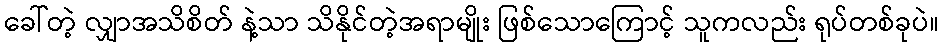
ခေါ်တဲ့ လျှာအသိစိတ် နဲ့သာ သိနိုင်တဲ့အရာမျိုး ဖြစ်သောကြောင့် သူကလည်း ရုပ်တစ်ခုပဲ။